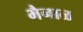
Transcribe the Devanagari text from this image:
भैनाळ